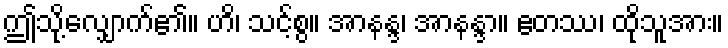
ဤသို့လျှောက်၏။ ဟိ၊ သင့်စွ။ အာနန္ဒ၊ အာနန္ဒာ။ ဧတဿ၊ ထိုသူအား။